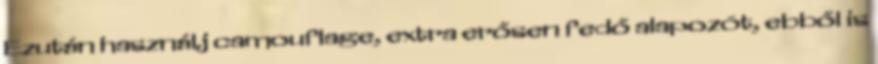
Ezután használj camouflage, extra erősen fedő alapozót, ebből is